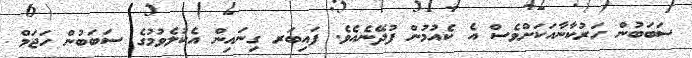
ސަބަބުން ހަރުކާނާއަކަށްވެސް އެ ކެއުމުން ފުދޭނެއެވެ. ފައިބަރ ގިނައިން އެކުލެވުމުގެ ސަބަބުން ހަޖަމް